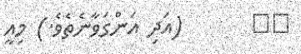
١٤       (އަދި އަންގަވާނެތެވެ.) މިއީ